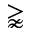
\gnapprox